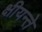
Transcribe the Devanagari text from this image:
क्षीयन्ते